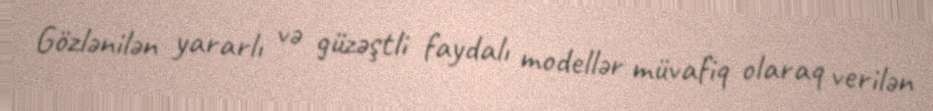
Gözlənilən yararlı və güzəştli faydalı modellər müvafiq olaraq verilən